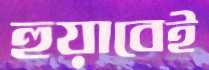
হুয়াবেই